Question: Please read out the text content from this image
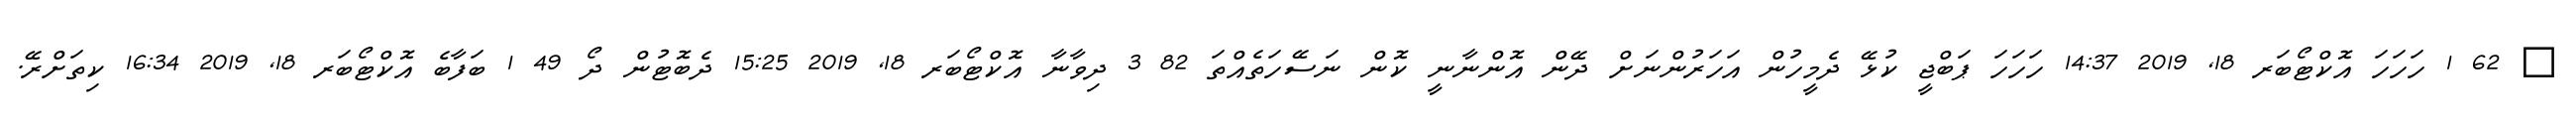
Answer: ? 62 1 ހަހަހަ އޮކްޓޯބަރ 18, 2019 14:37 ހަހަހަ ޕަބްޖީ ކުޅޭ ދެމީހުން އަހަރުންނަށް ދޭން އޮންނާނީ ކޮން ނަސޭހަތެއްތަ 82 3 ދިވާނާ އޮކްޓޯބަރ 18, 2019 15:25 ދެބޮޓުން ދޯ 49 1 ބަފާބެ އޮކްޓޯބަރ 18, 2019 16:34 ކިތަށްރޭ.